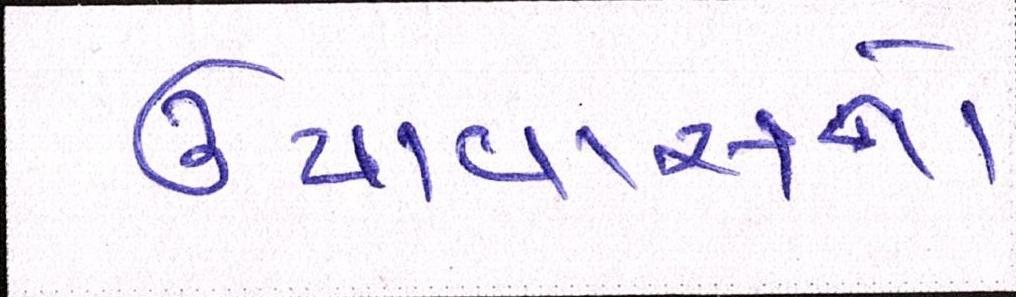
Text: ઉપવાસનો